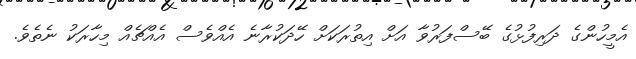
އެމީހުންގެ ދަރިފުޅުގެ ބޭސްފަރުވާ އަށް އިތުރަކަށް ހޭދަކުރާނެ އެއްވެސް އެއްޗެއް މިހާރަކު ނެތެވެ.